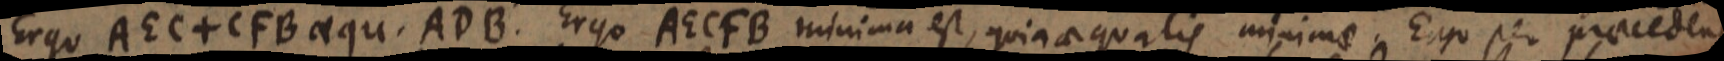
Ergo AEC + CFB aequ. ADB. Ergo AECFB minima est, quia aequalis minimae. Ergo per praecedens